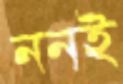
ননই